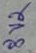
Text: 8V2